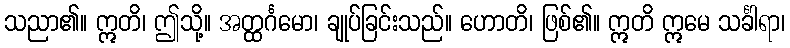
သညာ၏။ ဣတိ၊ ဤသို့။ အတ္ထင်္ဂမော၊ ချုပ်ခြင်းသည်။ ဟောတိ၊ ဖြစ်၏။ ဣတိ ဣမေ သင်္ခါရာ၊